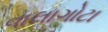
વાલાગોટા